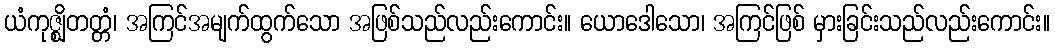
ယံကုဇ္ဈိတတ္တံ၊ အကြင်အမျက်ထွက်သော အဖြစ်သည်လည်းကောင်း။ ယောဒေါသော၊ အကြင်ဖြစ် မှားခြင်းသည်လည်းကောင်း။